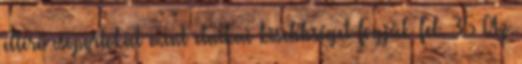
eltérő csoportokat mint etnikai kisebbséget fogják fel. 35 Az